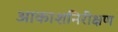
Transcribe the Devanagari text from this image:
आकाशनिरीक्षण